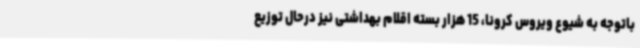
باتوجه به شیوع ویروس کرونا، 15 هزار بسته اقلام بهداشتی نیز درحال توزیع